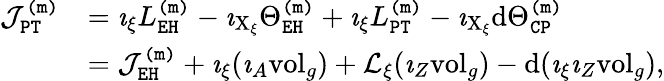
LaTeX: \begin{array}{rl}{\mathcal{J}_{\mathtt{PT}}^{\mathtt{(m)}}}&{=\imath_{\xi}L_{\mathtt{EH}}^{\mathtt{(m)}}-\imath_{\mathrm{X}_{\xi}}\Theta_{\mathtt{EH}}^{\mathtt{(m)}}+\imath_{\xi}L_{\mathtt{PT}}^{\mathtt{(m)}}-\imath_{\mathrm{X}_{\xi}}\mathrm{d}\Theta_{\mathtt{CP}}^{\mathtt{(m)}}}\\ &{=\mathcal{J}_{\mathtt{EH}}^{\mathtt{(m)}}+\imath_{\xi}(\imath_{A}\mathrm{vol}_{g})+\mathcal{L}_{\xi}(\imath_{Z}\mathrm{vol}_{g})-\mathrm{d}(\imath_{\xi}\imath_{Z}\mathrm{vol}_{g}),}\end{array}